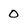
Character: 0